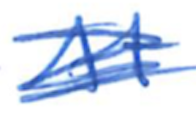
Text: At
Cross-out: mix
Writing tool: ballpoint